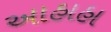
આહાહા